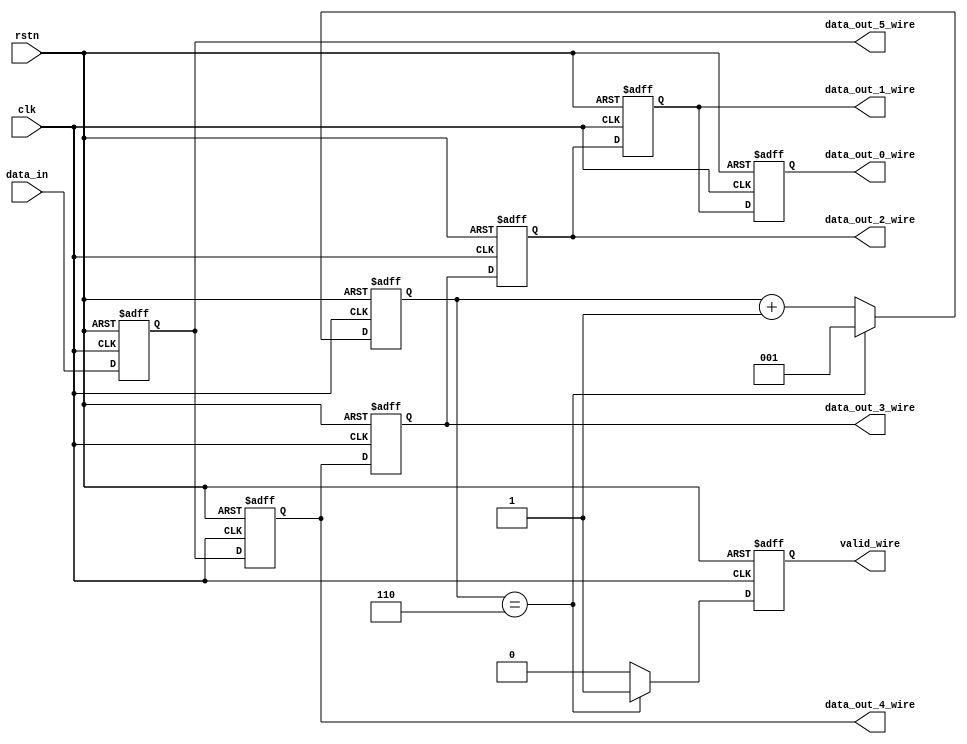
module par_gen 
#(
    parameter w_in = 15
)
(
    input clk,
    input rstn,
    input signed [w_in-1:0] data_in,
    output  valid_wire,
    output  signed [w_in-1:0] data_out_0_wire ,//6k
    output  signed [w_in-1:0] data_out_1_wire ,//6k+1
    output  signed [w_in-1:0] data_out_2_wire ,//6k+2
    output  signed [w_in-1:0] data_out_3_wire ,//6k+3
    output  signed [w_in-1:0] data_out_4_wire ,//6k+4
    output  signed [w_in-1:0] data_out_5_wire  //6k+5
    );
    reg [2:0] clk_cnt;
    always @(posedge clk or negedge rstn) begin
        if(rstn == 1'b0)
            clk_cnt<= 0;
        else if(clk_cnt == 6)
            clk_cnt<= 1;//100
        else 
            clk_cnt <= clk_cnt + 1;
    end
    reg valid;
    always @(posedge clk or negedge rstn) begin
        if(rstn == 1'b0)
            valid<= 0;
        else if(clk_cnt == 6)//clk
            valid<= 1;
        else valid<= 0;
    end

    reg signed [w_in-1:0] data_out_0 ;
    reg signed [w_in-1:0] data_out_1 ;
    reg signed [w_in-1:0] data_out_2 ;
    reg signed [w_in-1:0] data_out_3 ;
    reg signed [w_in-1:0] data_out_4 ;
    reg signed [w_in-1:0] data_out_5 ;

    always @(posedge clk or negedge rstn) begin
        if(rstn == 1'b0)
            begin
                data_out_0<= 0;
                data_out_1<= 0;
                data_out_2<= 0;
                data_out_3<= 0;
                data_out_4<= 0;
                data_out_5<= 0;
            end
        else 
            begin
                data_out_5<= data_in;
                data_out_4<= data_out_5;
                data_out_3<= data_out_4;
                data_out_2<= data_out_3;
                data_out_1<= data_out_2;
                data_out_0<= data_out_1;
            end        
    end

    assign data_out_0_wire = data_out_0;
    assign data_out_1_wire = data_out_1;
    assign data_out_2_wire = data_out_2;
    assign data_out_3_wire = data_out_3;
    assign data_out_4_wire = data_out_4;
    assign data_out_5_wire = data_out_5;
    assign valid_wire = valid;
endmodule //par_gen